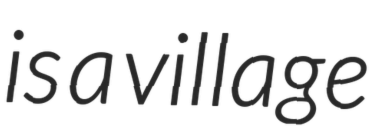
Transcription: is a village